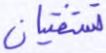
تستفتيان